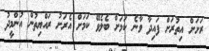
ރަށަށް އިތުރަށް ފައިދާ ވާނެ ކަމަށް ބެލެވޭ ކަމަށް އެރަށު ރައްޔިތުން އުންމީދު